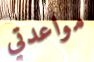
مواعدتي